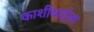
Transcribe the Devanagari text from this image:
काशीबाईला